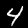
Label: 4